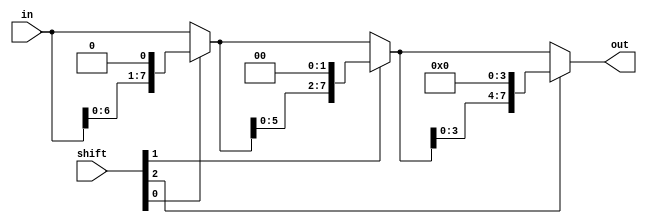
module barrel_shifter(in, shift, out);
input  [7:0] in;
input  [2:0] shift;
output [7:0] out;

/*Write your code here*/
	wire [7:0] w0, w1;

	assign w0 = (shift[0]) ? in << 1 : in;
	assign w1 = (shift[1]) ? w0 << 2 : w0;
	assign out = (shift[2]) ? w1 << 4 : w1;

/*End of code*/
endmodule